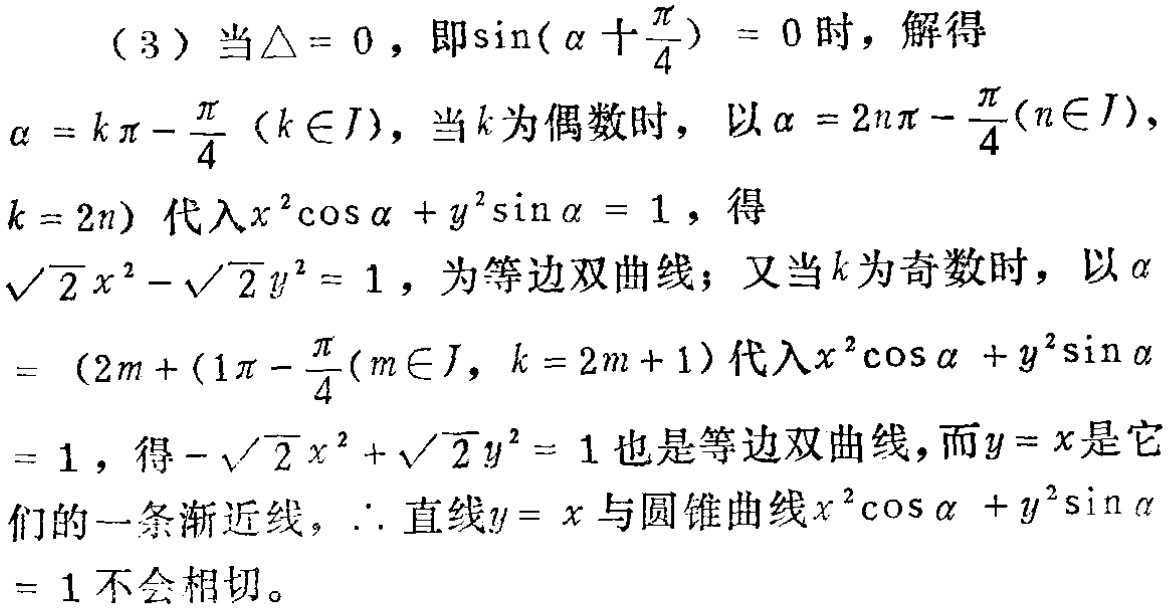
（3）当$\triangle = 0$，即$\sin(\alpha+\frac{\pi}{4}) = 0$时，解得
$\alpha = k\pi-\frac{\pi}{4}(k\in J)$，当$k$为偶数时，以$\alpha = 2n\pi-\frac{\pi}{4}(n\in J)$，
$k = 2n)$代入$x^{2}\cos\alpha + y^{2}\sin\alpha = 1$，得
$\sqrt{2}x^{2}-\sqrt{2}y^{2}= 1$，为等边双曲线；又当$k$为奇数时，以$\alpha$
$=(2m + 1)\pi-\frac{\pi}{4}(m\in J,k = 2m + 1)$代入$x^{2}\cos\alpha + y^{2}\sin\alpha$
$= 1$，得$-\sqrt{2}x^{2}+\sqrt{2}y^{2}= 1$也是等边双曲线，而$y = x$是它
们的一条渐近线，$\therefore$直线$y = x$与圆锥曲线$x^{2}\cos\alpha + y^{2}\sin\alpha$
$= 1$不会相切。